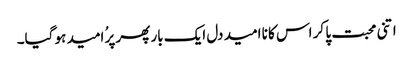
اتنی محبت پا کر اس کا نا امید دل ایک بار پھر پرُ امید ہو گیا۔